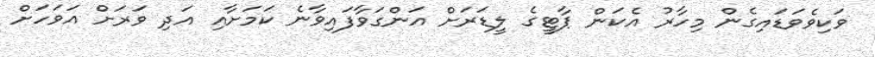
ވަކިވެވަޑައިގެން މިހާރު އެކަން ޕާޓީގެ ލީޑަރަށް އަންގަވާފައިވާނެ ކަމަށާއި އަދި ވަރަށް އަވަހަށް